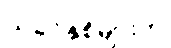
ယခင်နှစ်များက